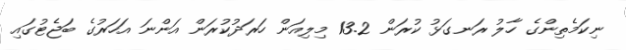
ނިކަމެތިންގެ ހާލު ރަނގަޅު ކުރަން 13.2 މިލިއަން ހަރަދުކުރަން އަންނަ އަހަރުގެ ބަޖެޓުގައި